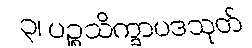
၃၊ ပဉ္စသိက္ခာပဒသုတ်